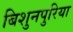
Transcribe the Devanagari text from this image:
बिशुनपुरिया